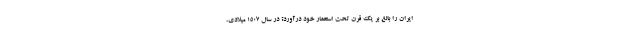
ایران را بالغ بر یک قرن تحت استعمار خود درآورد؟ در سال ۱۵۰۷ میلادی،